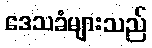
ဒေသခံများသည်